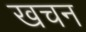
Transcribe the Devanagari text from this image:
खचन